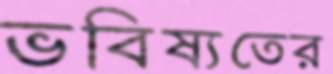
ভবিষ্যতের